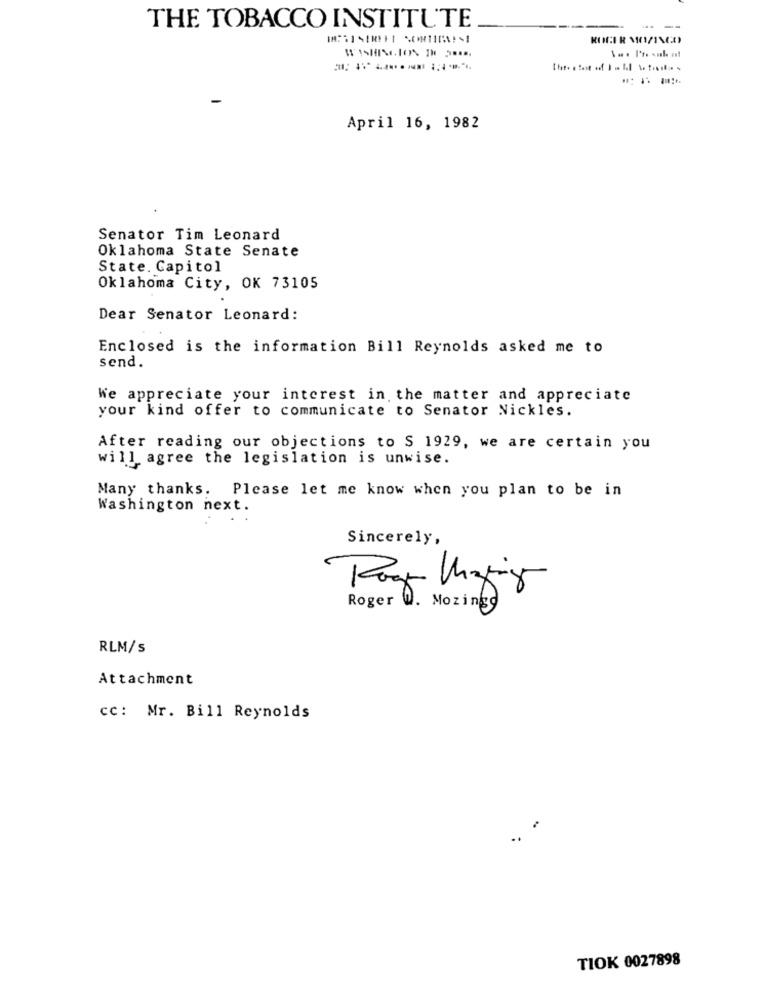
THE TOBACCO INSTITUTE
April 16, 1982
Senator Tim Leonard
Oklahoma State Senate
State. Capitol
Oklahoma City, OK 73105
Dear Senator Leonard:
Enclosed is the information Bill Reynolds asked me to
send.
We appreciate your interest in the matter and appreciate
your kind offer to communicate to Senator Nickles.
After reading our objections to $ 1929, we are certain you
will agree the legislation is unwise.
Many thanks. Please let me know when you plan to be in
Washington next.
Sincerely,
Roger W. Mozings
RLM/S
Attachment
cc: Mr. Bill Reynolds
TIOK 0027898